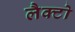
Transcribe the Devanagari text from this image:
लैक्टो